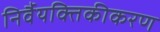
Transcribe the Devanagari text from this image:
निर्वैयक्तिकीकरण